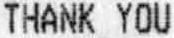
THANK YOU